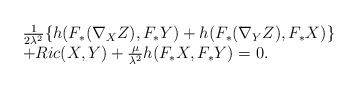
LaTeX: \begin{align*}\begin{array}{ll}\frac{1}{2\lambda^2} \{h(F_\ast (\nabla_X Z), F_\ast Y) + h(F_\ast(\nabla_Y Z), F_\ast X)\} \\+ Ric(X,Y) + \frac{\mu}{\lambda^2} h(F_\ast X,F_\ast Y) = 0.\end{array}\end{align*}